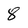
Character: 8